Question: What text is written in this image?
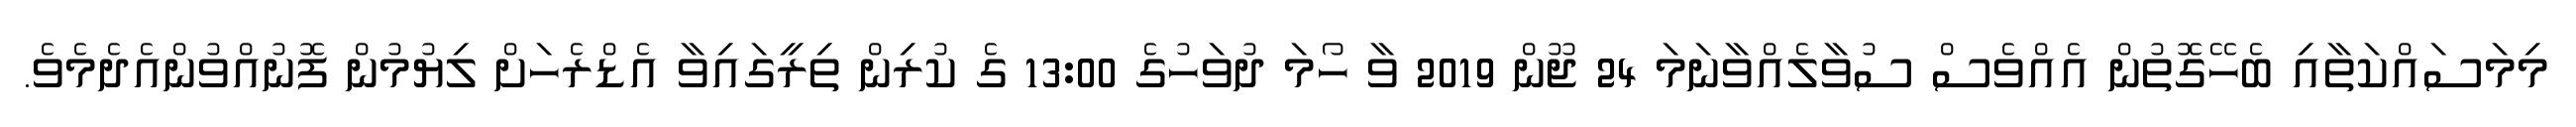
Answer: މިމަސައްކަތާއި ބެހޭގޮތުން އެއްވެސް ސުވާލެއްވާނަމަ 24 ޖޫން 2019 ވާ ހޯމަ ދުވަހުގެ 13:00 ގެ ކުރިން ތިރީގައިވާ އެޑްރެހަށް ލިޔުމުން ފޮނުއްވުންއެދެމެވެ.